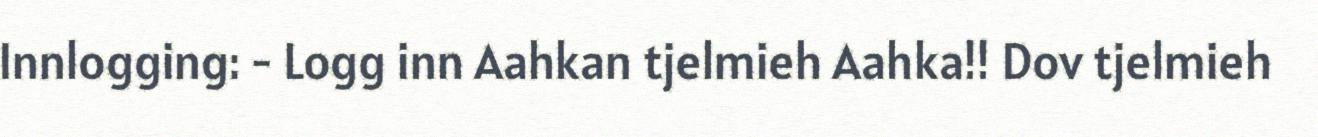
Innlogging: - Logg inn Aahkan tjelmieh Aahka!! Dov tjelmieh